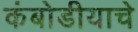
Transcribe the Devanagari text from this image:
कंबोडीयाचे